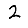
Digit: 2